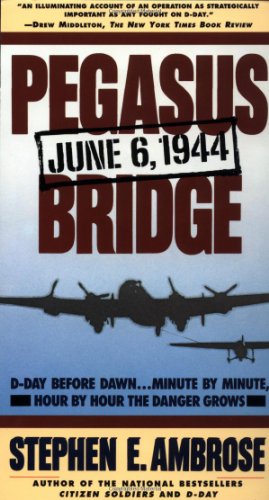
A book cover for Pegasus Bridge: June 6, 1944; Stephen E. Ambrose; History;